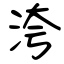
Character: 洿